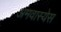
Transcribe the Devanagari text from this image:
अमवास्येस